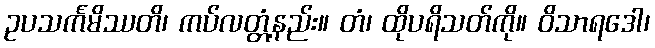
ဥပသင်္ကမိဿတိ၊ ကပ်လတ္တံ့နည်း။ တံ၊ ထိုပရိသတ်ကို။ ဝိသာရဒေါ၊